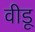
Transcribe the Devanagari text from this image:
वीडू